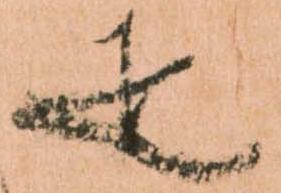
疋